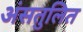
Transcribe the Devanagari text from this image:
अंसतुलित